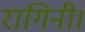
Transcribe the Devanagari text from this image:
रागिनी।